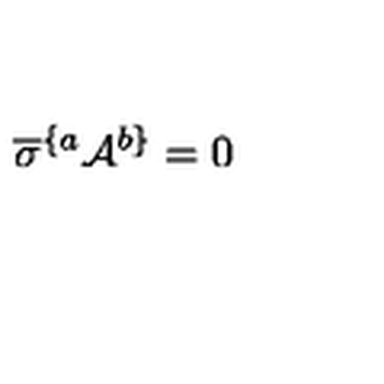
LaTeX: \overline { { \sigma } } ^ { \{ a } { \cal A } ^ { b \} } = 0